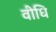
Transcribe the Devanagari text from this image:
वीधि